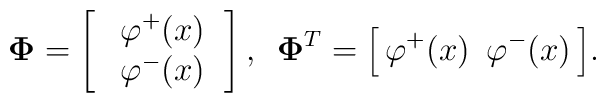
{\bf\Phi}=\left[\begin{array}{c}     \,\,\varphi^+(x)\,\\     \,\,\varphi^-(x)\,     \end{array}\right],\,\,\,     {\bf\Phi}^T=\Big[\,\varphi^+(x)\,\,\,     \varphi^-(x)\,\Big].